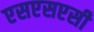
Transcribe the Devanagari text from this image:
एसएसएसी